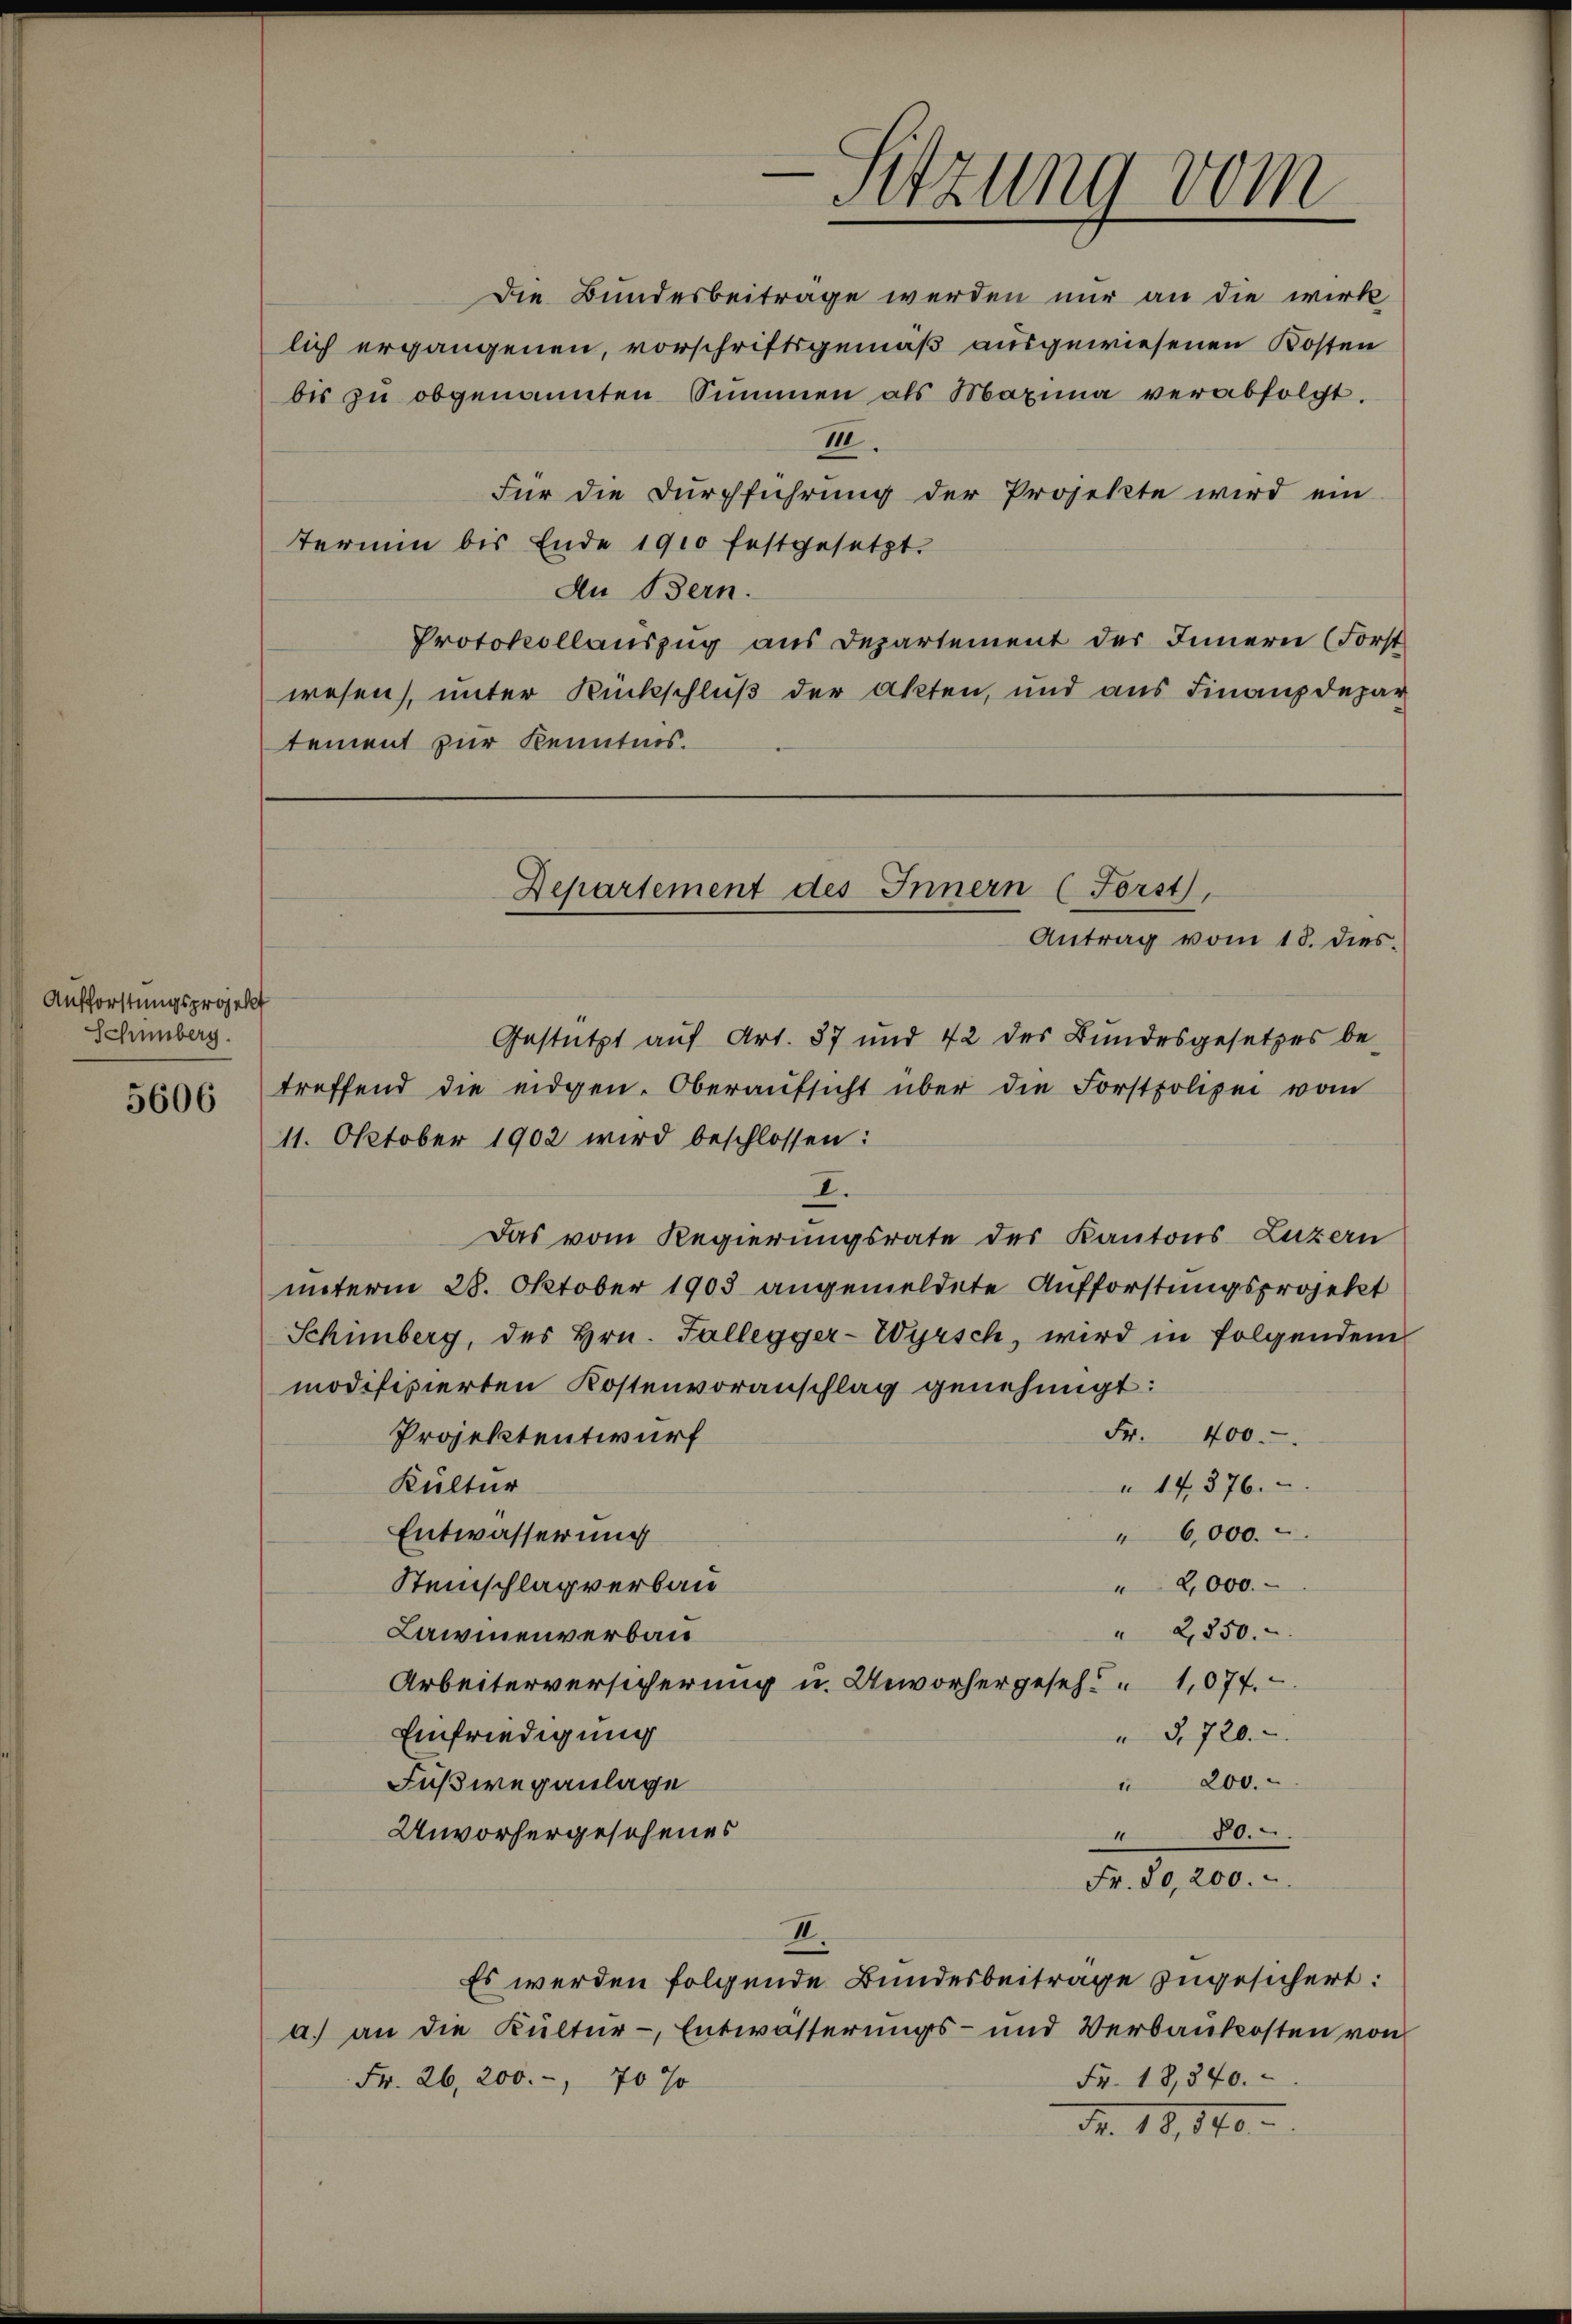
Aufforstungsprojekt
Schenberg.

5606

Sitzung vom

Die Bundesbeiträge werden nur an die wirk
lich ergangenen, vorschriftsgemäß ausgewiesenen Kosten
bis zŭ obgenannten Summen als Maxima verabfolgt.
III
Für die Durchführung der Projekte wird ein
termin bis Ende 1900 festgesetzt.
An Bern.
Protokollauszug aus Departement des Innern (Forst
wesen, unter Rückschluß der Akten, und aus Finanzdepar
tement zur Kenntnis.

Gestützt auf Art. 87 und 42 des Bundesgesetzes be-
treffend die eidgen. Oberaŭfsicht über die Forstpolizei vom
11. Oktober 1902 wird beschlossen:
I.
Das vom Regierungsrate des Kantons Luzern
unterm 28. Oktober 1903 angemeldete Aufforstungsprojekt
Schinberg, des Hrn. Fallegger-Wyrsch, wird in folgendem
modifizierten Kostenvoranschlag genehmigt:
Projektentwurf
Fr. 400.
Kultur
14376.
Entwässerung
6,000.
Steinschlag verbau
2,000.
" 2850.
Lawinenverbau
Arbeiterversicherung u. Unvorhergesehe " 1,074.
" §. 720.
Einfriedigung
 200.
Fußweganlage
Unvorhergesehenes
80.
1
Fr. 80,200.
II.
Es werden folgende Bundesbeiträge zugesichert:
a.) an die Kultur-Entwässerŭngs- und Verbaukosten von
Fr. 18,840.
Fr. 26, 200.-, 70 %
Nr. 18, 140.

Departement des Innern (Forst,
Antrag vom 18. dies.